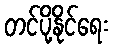
တင်ပို့နိုင်ရေး